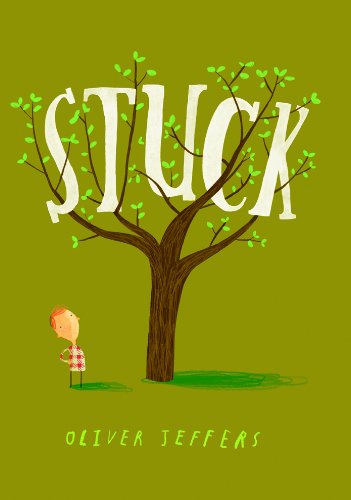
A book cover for Stuck; Oliver Jeffers; Children's Books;